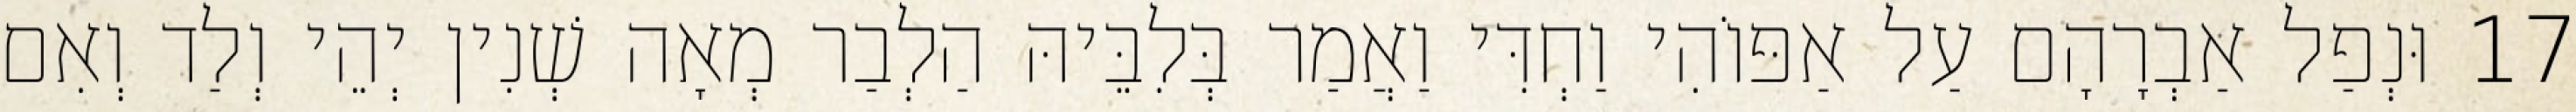
17 וּנְפַל אַבְרָהָם עַל אַפּוֹהִי וַחְדִּי וַאֲמַר בְּלִבֵּיהּ הַלְבַר מְאָה שְׁנִין יְהֵי וְלַד וְאִם